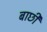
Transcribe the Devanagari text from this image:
बाछी